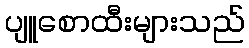
ပျူစောထီးများသည်